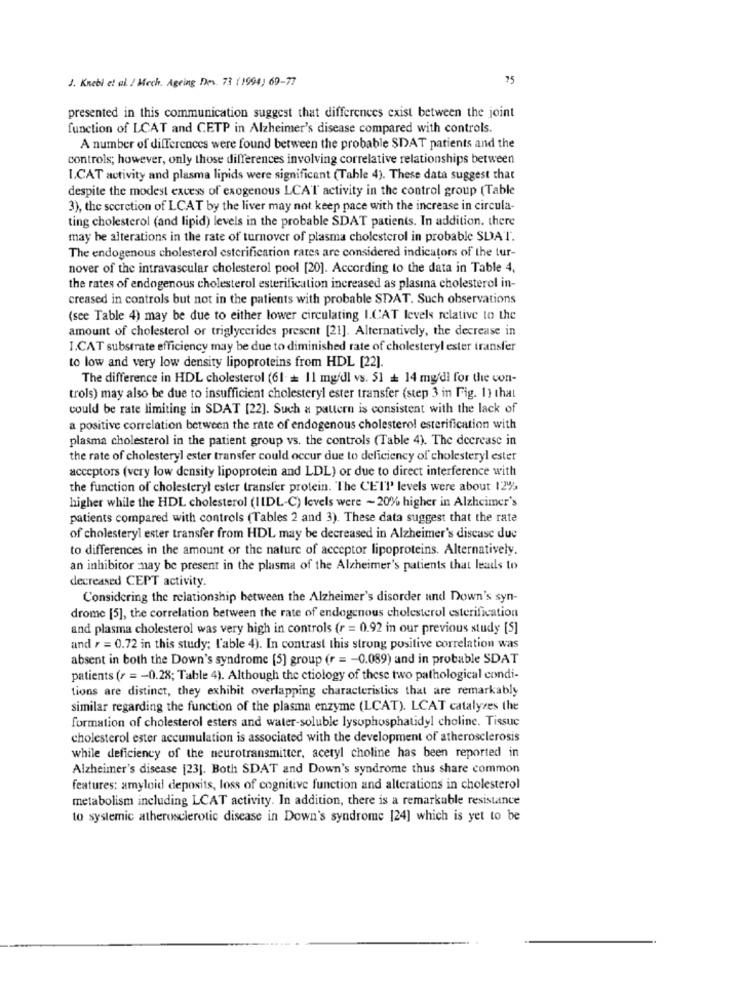
J. Knebi et al / Mech. Agring Des. 73 ( 1994) 69-77
75
presented in this communication suggest that differences exist between the joint
function of LCAT and CETP in Alzheimer's disease compared with controls.
A number of differences were found between the probable SDAT patients and the
controls; however, only those differences involving correlative relationships between
I.CAT activity and plasma lipids were significant (Tahle 4). These data suggest that
despite the modest excess of exogenous LCAT activity in the control group (Table
3), the secretion of LCAT by the liver may not keep pace with the increase in circula-
ting cholesterol (and lipid) levels in the probable SDAT patients. In addition, there
may be alterations in the rate of turnover of plasma cholesterol in probable SIAT.
The endogenous cholesterol esterification rates are considered indicators of the tur-
nover of the intravascular cholesterol pool [20]. According to the data in Table 4,
the rates of endogenous cholesterol esterification increased as plasına cholesterol in-
creased in controls but not in the patients with probable SDAT. Such observations
(see Table 4) may be due to either lower circulating I.CAT levels relative to the
amount of cholesterol or triglycerides present [21]. Alternatively, the decrease in
I.CAT substrate efficiency may be due to diminished rate of cholesteryl ester transfer
to low and very low density lipoproteins from HDL [22].
The difference in HDL cholesterol (61 = 11 mg/dl vs. 51 + 14 mg/dl for the con-
trols) may also be due to insufficient cholesteryl ester transfer (step 3 in Fig. 1) that
could be rate limiting in SDAT [22]. Such a pattern is consistent with the lack of
a positive correlation between the rate of endogenous cholesterol esterification with
plasma cholesterol in the patient group vs. the controls (Table 4). The decrease in
the rate of cholesteryl ester transfer could occur due to deficiency of cholesteryl ester
acceptors (very low density lipoprotein and LDL) or due to direct interference with
the function of cholesteryl ester transfer protein. The CETl' levels were about 12%
higher while the HDL cholesterol (IIDL-C) levels were ~ 20% higher in Alzheimer's
patients compared with controls (Tables 2 and 3). These data suggest that the rate
of cholesteryl ester transfer from HDL may be decreased in Alzheimer's disease due
to differences in the amount or the nature of acceptor lipoproteins. Alternatively.
an inhibitor may be present in the plasma of the Alzheimer's patients that leads to
decreased CEPT activity.
Considering the relationship between the Alzheimer's disorder and Down's syn-
drome [5], the correlation between the rate of endogenous cholesterol esterification
and plasma cholesterol was very high in controls (r = 0.92 in our previous study [S]
and , = 0.72 in this study: l'able 4). In contrast this strong positive correlation was
absent in both the Down's syndrome [5] group (r = - 0.089) and in probable SDAT
patients (r = - 0.28; Table 4). Although the ctiology of these two pathological condi-
tions are distinct, they exhibit overlapping characteristics that are remarkably
similar regarding the function of the plasma enzyme (LCAT). LCAT catalyzes the
formation of cholesterol esters and water-soluble lysophosphatidyl choline. Tissue
cholesterol ester accumulation is associated with the development of atherosclerosis
while deficiency of the neurotransmitter, acetyl choline has been reported in
Alzheimer's disease [23]. Both SDAT and Down's syndrome thus share common
features: amyloid deposits, loss of cognitive function and alterations in cholesterol
metabolism including LCAT activity. In addition, there is a remarkable resistance
to systemic atherosclerotic disease in Down's syndrome [24] which is yet to be